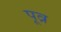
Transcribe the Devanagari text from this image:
पूव्र